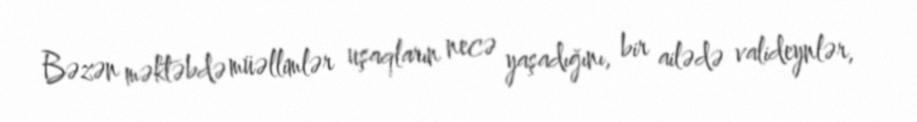
Bəzən məktəbdə müəllimlər uşaqların necə yaşadığını, bir ailədə valideynlər,